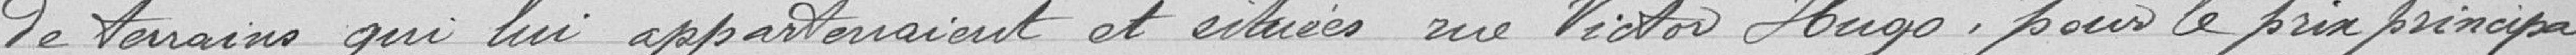
de terrains qui lui appartenaient et situées rue Victor Hugo, pour le prix principal